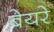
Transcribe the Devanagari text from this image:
बेयरे